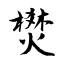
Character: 燓